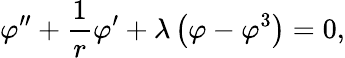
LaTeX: \varphi^{\prime\prime}+{\frac{1}{r}}\varphi^{\prime}+\lambda\left(\varphi-\varphi^{3}\right)=0,